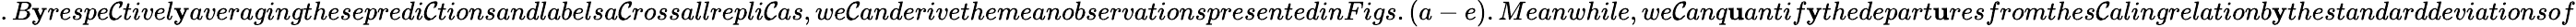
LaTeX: .B\mathbf{y}respe\mathcal{C}tivel\mathbf{y}averagingthesepredi\mathcal{C}tionsandlabelsa\mathcal{C}rossallrepli\mathcal{C}as,we\mathcal{C}anderivethemeanobservationspresentedinFigs.(a-e).Meanwhile,we\mathcal{C}anq\mathbf{u}antif\mathbf{y}thedepart\mathbf{u}resfromthes\mathcal{C}alingrelationb\mathbf{y}thestandarddeviationsof